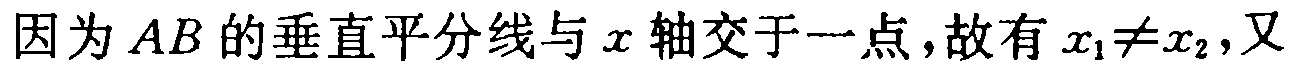
因为 \(AB\) 的垂直平分线与 \(x\) 轴交于一点，故有 \(x_1\neq x_2\)，又